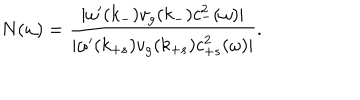
N ( \omega ) = \frac { | \omega ^ { \prime } ( k _ { - } ) v _ { g } ( k _ { - } ) c _ { - } ^ { 2 } ( \omega ) | } { | \omega ^ { \prime } ( k _ { + s } ) v _ { g } ( k _ { + s } ) c _ { + s } ^ { 2 } ( \omega ) | } .